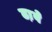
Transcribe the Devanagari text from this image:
ढा़बे